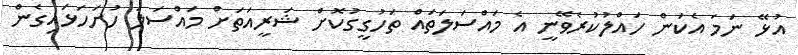
އުޅޭ ނަމަ އެކަން ހައްލުކުރެވޭނީ އެ މައްސަލަތައް ތަހުގީގުކޮށް ޝަރީއަތަށް މައްސަލަ ހުށަހަޅައިގެން